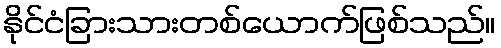
နိုင်ငံခြားသားတစ်ယောက်ဖြစ်သည်။